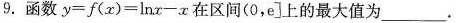
9.函数$$y = f (x) = \ln(x) - x$$在区间(0,e]上的最大值为___.